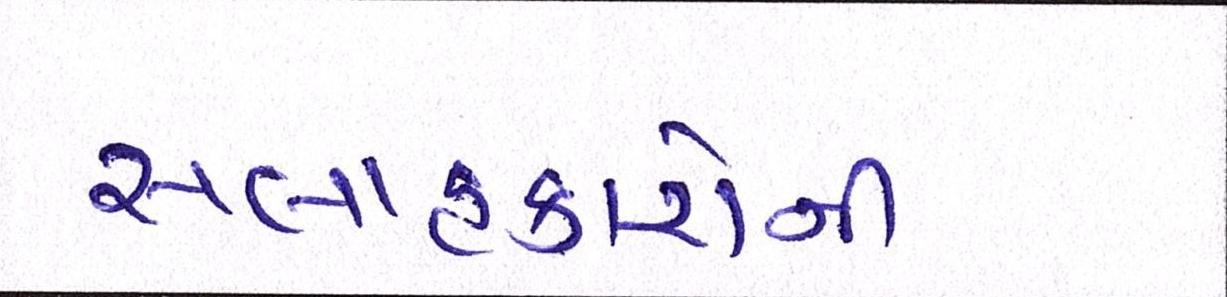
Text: સલાહકારોની